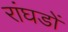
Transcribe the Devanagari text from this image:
रांघडों